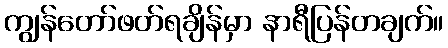
ကျွန်တော်ဖတ်ရချိန်မှာ နာရီပြန်တချက်။